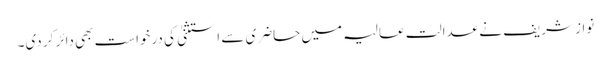
نواز شریف نے عدالت عالیہ میں حاضری سے استثنیٰ کی درخواست بھی دائر کر دی۔